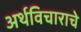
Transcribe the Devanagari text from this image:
अर्थविचाराचे